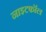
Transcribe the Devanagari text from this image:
नाइटफॉल